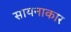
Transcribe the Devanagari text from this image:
सायनाकार